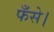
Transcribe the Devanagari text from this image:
फँसे।